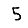
Digit: 5